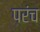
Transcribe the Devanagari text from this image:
परंच